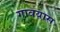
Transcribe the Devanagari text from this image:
गावयास